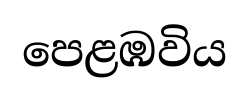
පෙළඹවිය